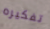
تفكيره